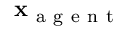
\mathbf { x } _ { \mathrm { ~ a ~ g ~ e ~ n ~ t ~ } }